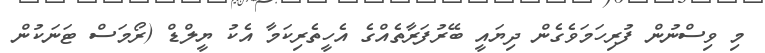
މި ވިސްނުން ފުރިހަމަވެގެން ދިޔައީ ބޭރުފަރާތެއްގެ އެހީތެރިކަމާ އެކު ޔީލްޑް (ރޯމަސް ޓަނަކުން